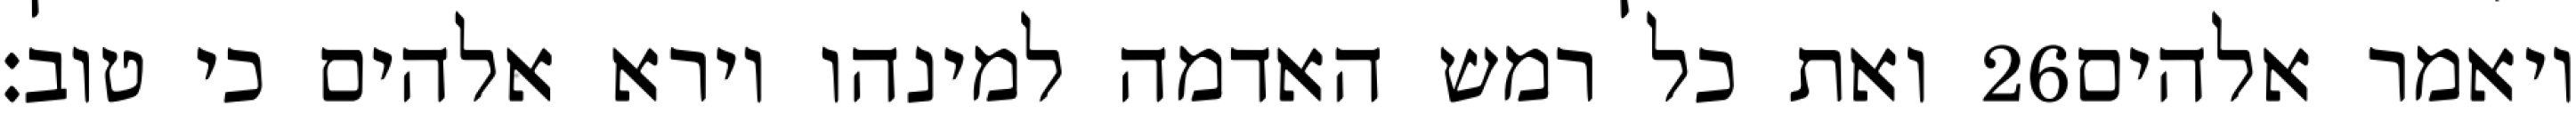
ואת כל רמש האדמה למינהו וירא אלהים כי טוב׃ ‎26‏ ויאמר אלהים